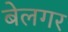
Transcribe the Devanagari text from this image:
बेलगर